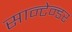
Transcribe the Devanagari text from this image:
सान्टेन्डर